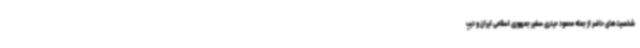
شخصیت‌های حاضر از جمله محمود حیدری سفیر جمهوری اسلامی ایران و دیپ